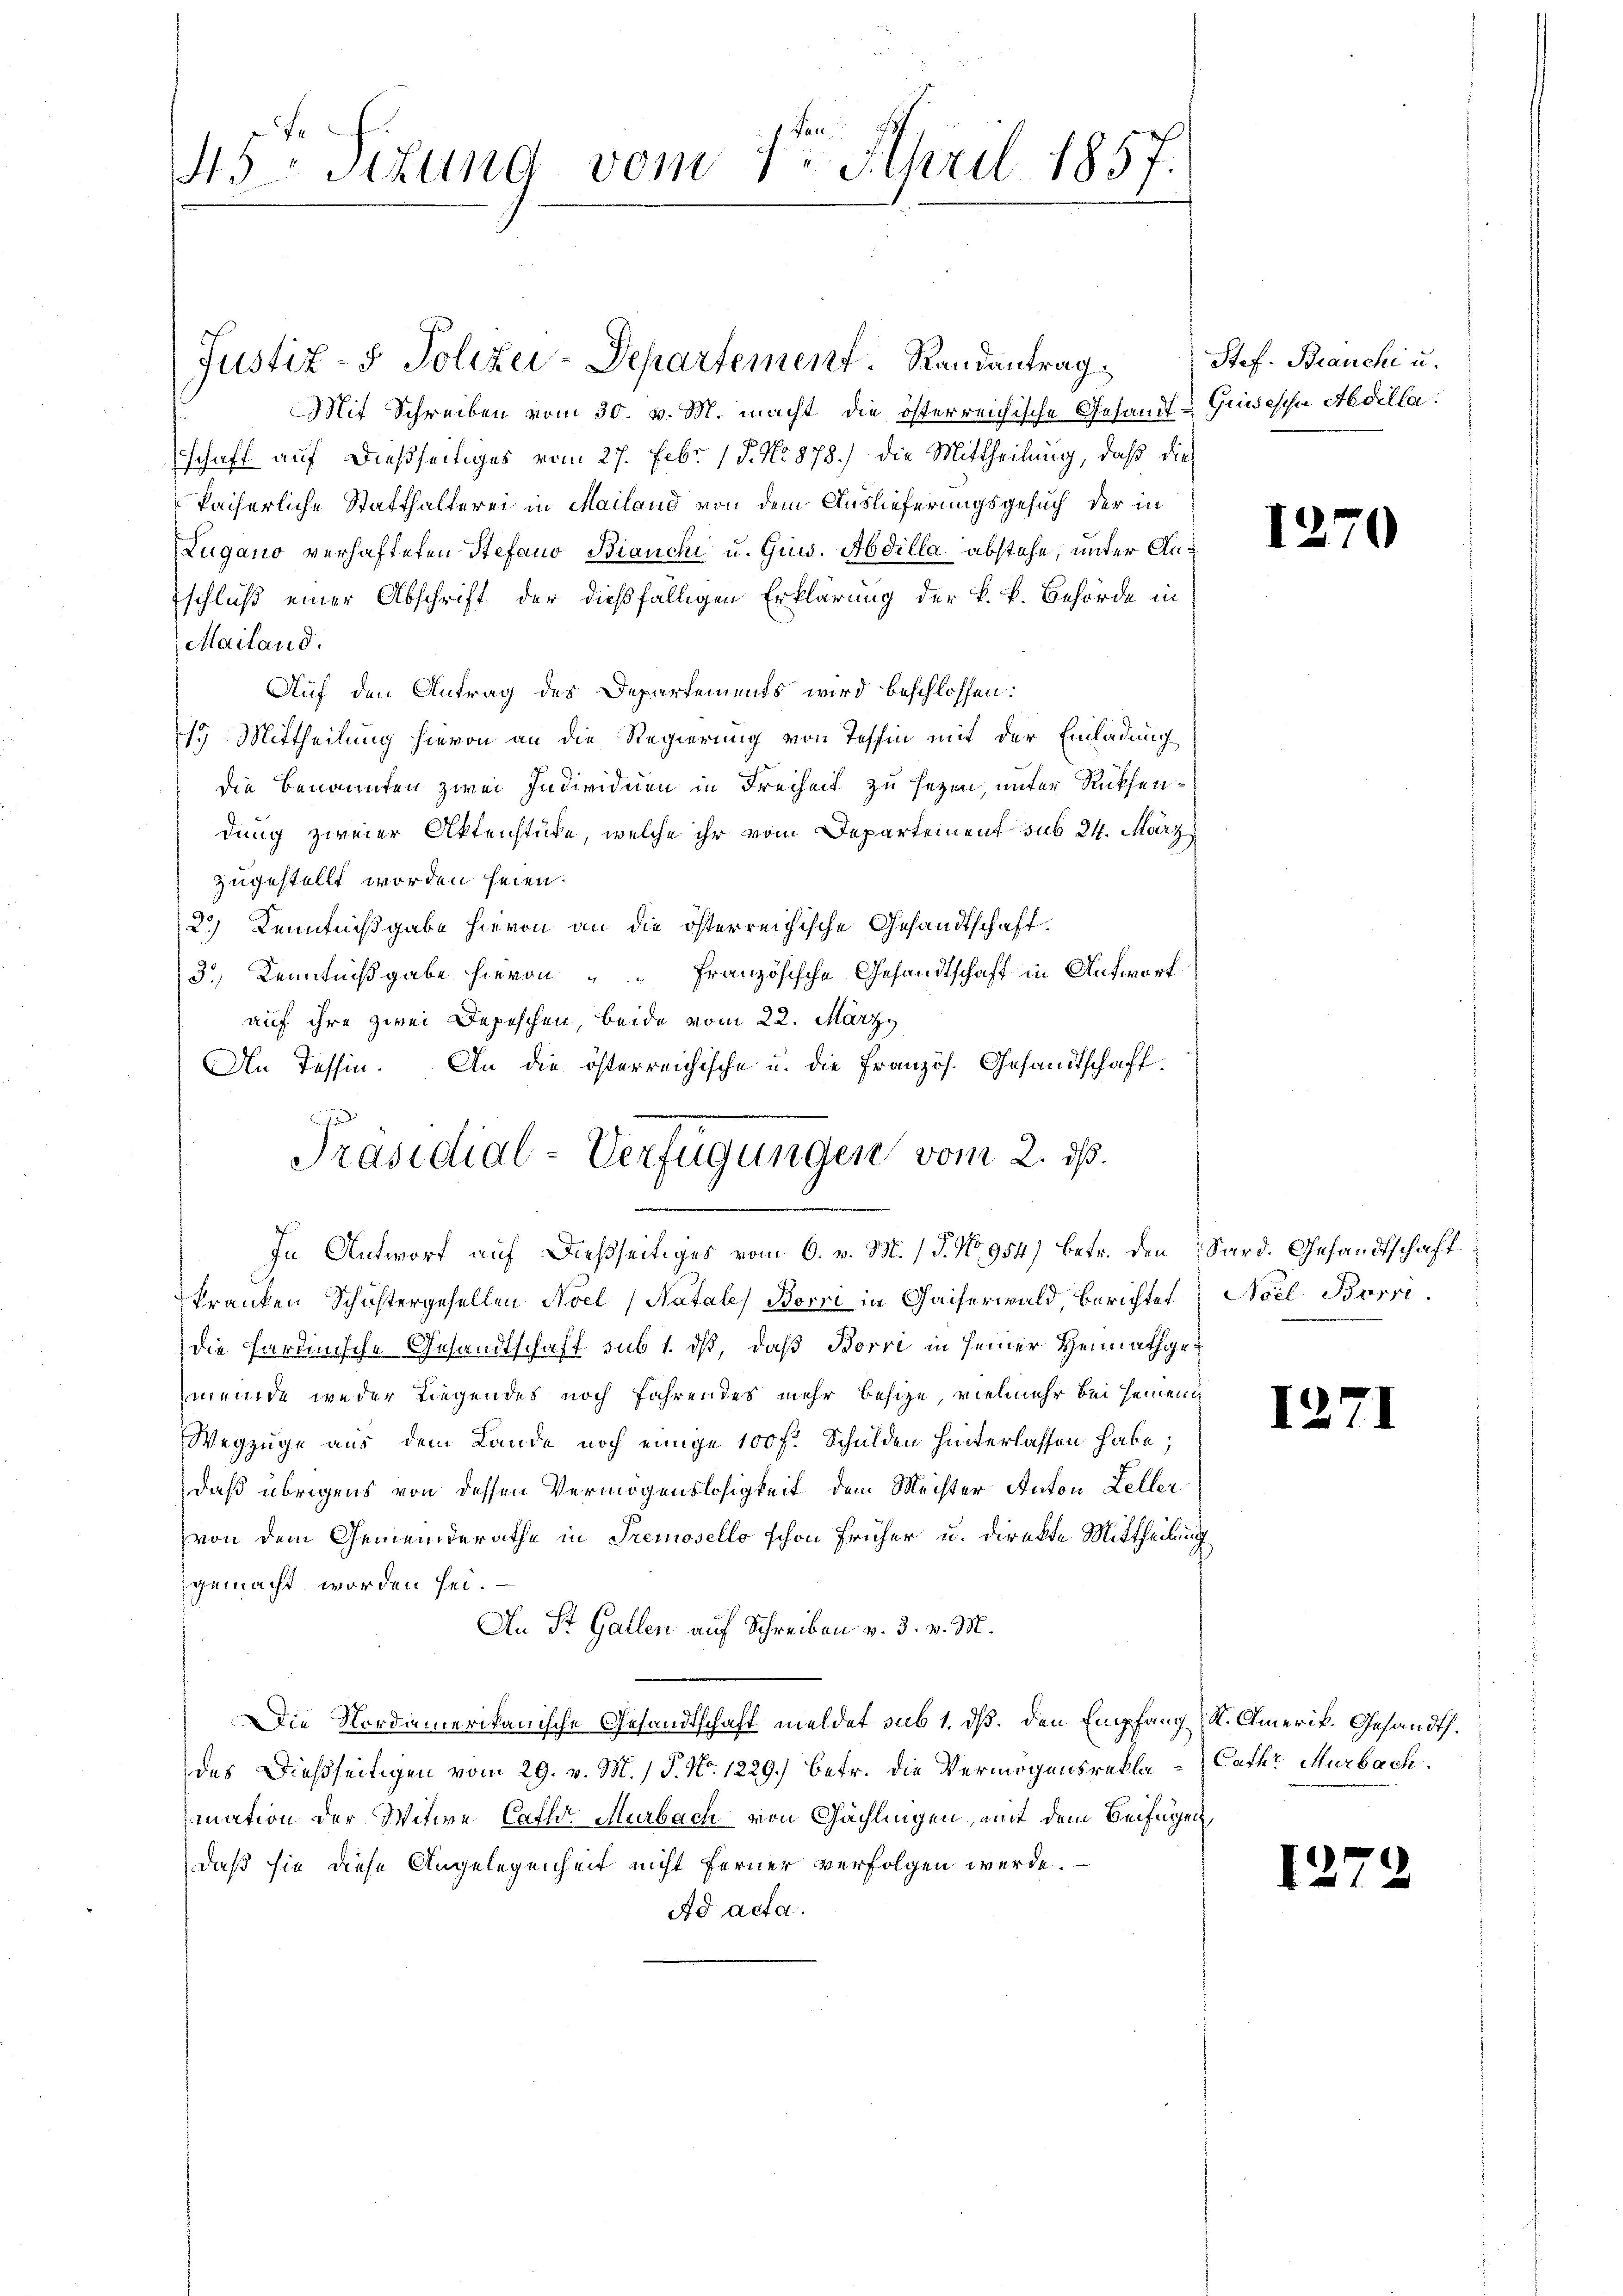
45 schung vom 8. April 1857.

Mit Schreiben vom 30. v. M. macht die österreichische Gesandt-Guisesche Abdillaschaft auf dießseitiges vom 27. Febr. 17. No 878.) die Mittheilung, daß dies
kaiserliche Statthalterei in Mailand von dem Auslieferungsgesuch der in
Lugano verhafteten Stefano Bianchi u. Guw. Abdilla abstehe, unter Anschluß einer Abschrift der dießfälligen Erklärung der k. k. Behörde in
Mailand.
Auf den Antrag des Departements wird beschlossen:
19 Mittheilung hievon an die Regierung von Tessin mit der Einladung
die Benannten zwei Individuen in Freiheit zu sezen, unter Rücksendung zweier Aktenstüke, welche ihr vom Departement sub 24. März
zugestellt worden seien.
2.) Kenntnißgabe hievon an die österreichische Gesandtschaft.
3.) Kenntnißgabe hievon Französische Gesandtschaft in Antwort
auf ihre zwei Depeschen, beide vom 22. März
An Tessin. An die österreichische u. die Französ. Gesandtschaft.
i
Präsidial-Verfügungen vom 2. ds.
In Antwort auf dießseitiges vom 6. v. M. (T. No 954) betr. den Sard. Gesandtschaft
kranken Schustergesellen Noel Natale Borri in Gaiserwald, Berichtet
die Ferdinische Gesandtschaft sub 1. ds, daß Borri in seiner Heimathgemeinde weder Liegendes noch fahrendes mehr besize, vielmehr bei seinen
Wegzüge aus dem Lande noch einige 100 f. Schulden hinterlassen habe;
daß übrigens von dessen Vermögenslosigkeit dem Meister Anton Leller
von dem Gemeinderathe in Premosello schon früher u. direkte Mittheilung
gemacht worden sei.
An St. Gallen auf Schreiben v. 3. v. M.
Die Nordamerikanische Gesandtschaft meldet sub 1. ds. den Empfang Kt. Amerik. Gesandt.
des Dießseitigen vom 29. v. M. / P. Nr. 1229) betr. die Vermögensreklamnation der Witwe Cath. Murbach von Gächlingen, mit dem Beifügen,
daß sie diese Angelegenheit nicht ferner verfolgen werde.
Ad acta.

Justiz- & Polizei-Departement. Randantrag

Stef. Branchi u.

12

Noel. Bern.

I2

Cathe Murbach.

12

)